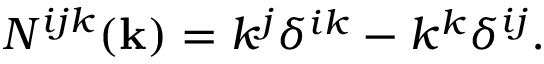
N ^ { i j k } ( { \bf { k } } ) = k ^ { j } \delta ^ { i k } - k ^ { k } \delta ^ { i j } .